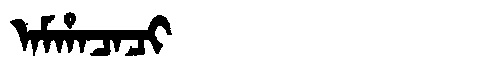
Manchu: ᠠᠮᡥᠠᠴᠠᠴᡳ
Romanization: AMHACACI